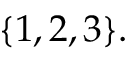
\{ 1 , 2 , 3 \} .